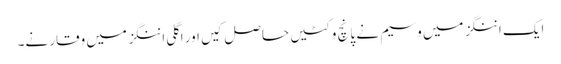
ایک اننگز میں وسیم نے پانچ وکٹیں حاصل کیں اور اگلی اننگز میں وقار نے۔